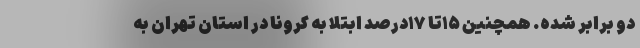
دو برابر شده. همچنین ۱۵تا ۱۷درصد ابتلا به کرونا در استان تهران به